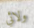
ولائي